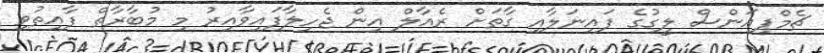
ޗެމްޕިއަންސް ލީގުގެ ފައިނަލާއި ގާތަށް ރެއާލް އިން ޖެހިލާފައިވާއިރު މި މުބާރާތް ފާއިތުވި